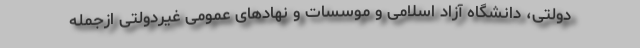
دولتی، دانشگاه آزاد اسلامی و موسسات و نهادهای عمومی غیردولتی ازجمله